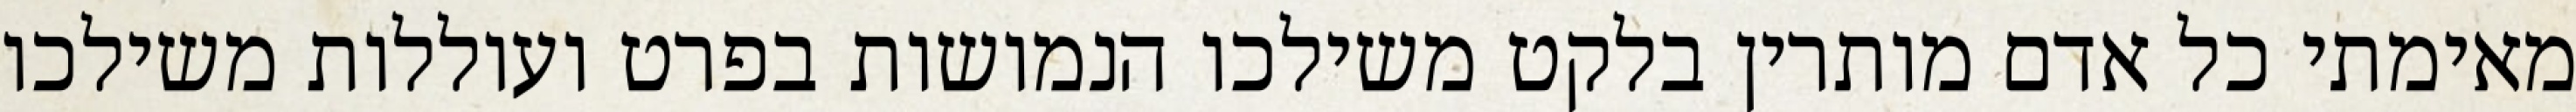
מאימתי כל אדם מותרין בלקט משילכו הנמושות בפרט ועוללות משילכו